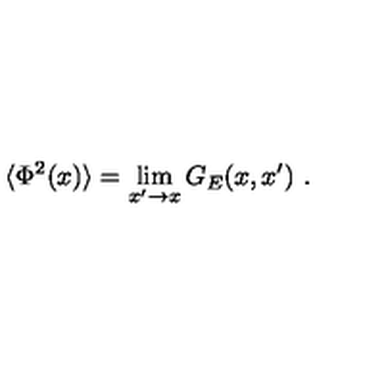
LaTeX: \langle \Phi ^ { 2 } ( x ) \rangle = \lim _ { x ^ { \prime } \to x } G _ { E } ( x , x ^ { \prime } ) \ .